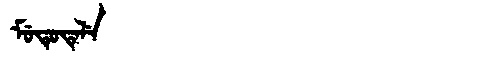
Manchu: ᠮᡠᡨᡠᡨᡝᠯᡝ
Romanization: MUTUTELE